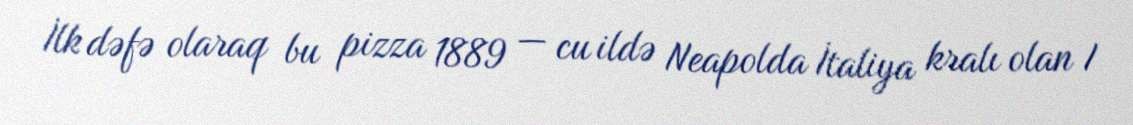
İlk dəfə olaraq bu pizza 1889 — cu ildə Neapolda İtaliya kralı olan I